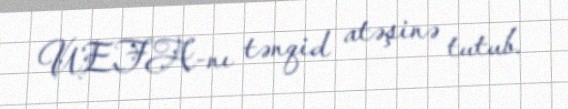
UEFA-nı tənqid atəşinə tutub.